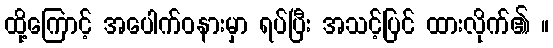
ထို့ကြောင့် အပေါက်ဝနားမှာ ရပ်ပြီး အသင့်ပြင် ထားလိုက်၏ ။